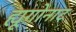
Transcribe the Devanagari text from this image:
ह्यूगोनाट